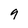
Character: 9